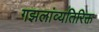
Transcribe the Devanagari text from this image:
गझलांव्यतिरिक्त